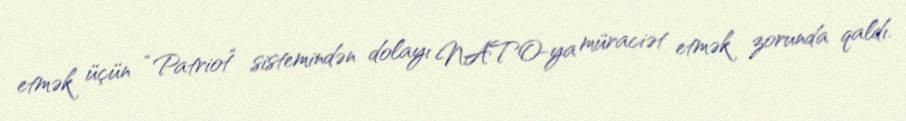
etmək üçün “Patriot“ sistemindən dolayı NATO-ya müraciət etmək zorunda qaldı.